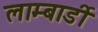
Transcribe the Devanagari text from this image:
लाम्बार्डी